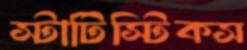
স্টাটিস্টিকস